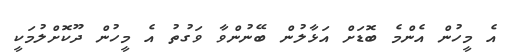
އެ މީހުން އެންމެ ބޮޑަށް އަޅާލުން ބޭނުންވާ ވަގުތު އެ މީހުން ދޫކޮށްލުމަކީ